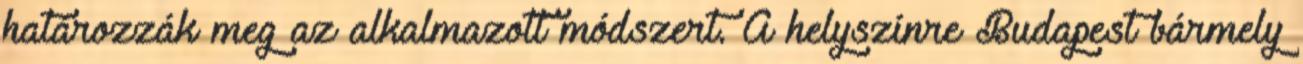
határozzák meg az alkalmazott módszert. A helyszínre Budapest bármely